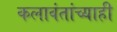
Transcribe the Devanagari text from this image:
कलावंतांच्याही